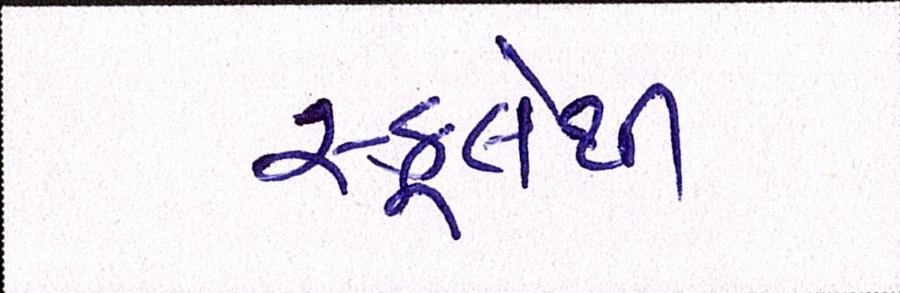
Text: સ્કૂલેથી